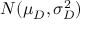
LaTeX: N ( \mu _ { D } , \sigma _ { D } ^ { 2 } )